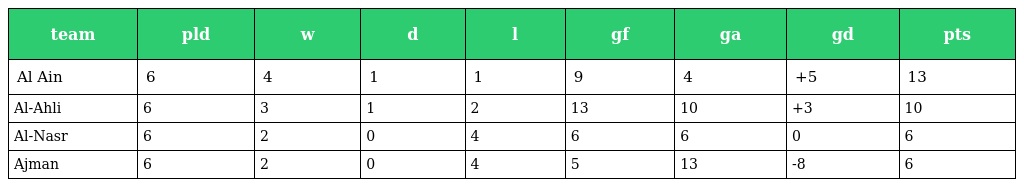
| team | pld | w | d | l | gf | ga | gd | pts |
 | --- | --- | --- | --- | --- | --- | --- | --- | --- |
 | Al Ain | 6 | 4 | 1 | 1 | 9 | 4 | +5 | 13 |
 | Al-Ahli | 6 | 3 | 1 | 2 | 13 | 10 | +3 | 10 |
 | Al-Nasr | 6 | 2 | 0 | 4 | 6 | 6 | 0 | 6 |
 | Ajman | 6 | 2 | 0 | 4 | 5 | 13 | -8 | 6 |